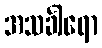
အသင်္ခါရော